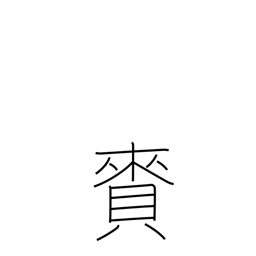
Meaning: gift